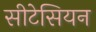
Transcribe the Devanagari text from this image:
सीटेसियन